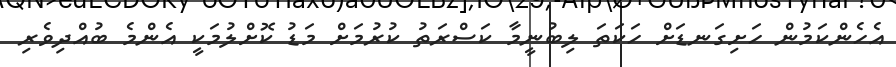
އެހެންކަމުން ހަށިގަނޑަށް ހަކަތަ ލިބުނީމާ ކަސްރަތު ކުރުމަށް މަޑު ކޮށްލުމަކީ އެންމެ ބުއްދިވެރި